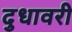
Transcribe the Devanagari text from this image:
दुधावरी